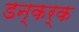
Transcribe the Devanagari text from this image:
डन्कर्क